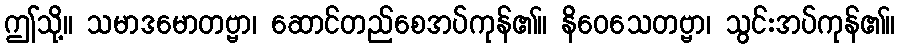
ဤသို့။ သမာဒမောတဗ္ဗာ၊ ဆောင်တည်စေအပ်ကုန်၏။ နိဝေသေတဗ္ဗာ၊ သွင်းအပ်ကုန်၏။